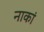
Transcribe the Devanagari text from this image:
नाकां